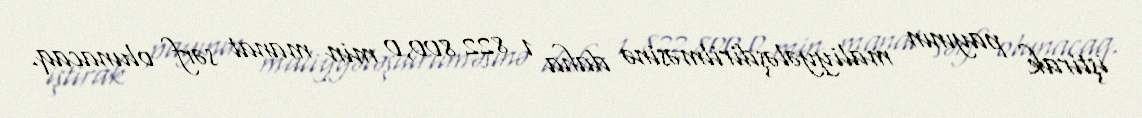
iştirak payının maliyyələşdirilməsinə daha 1 822 800,0 min manat sərf olunacaq.